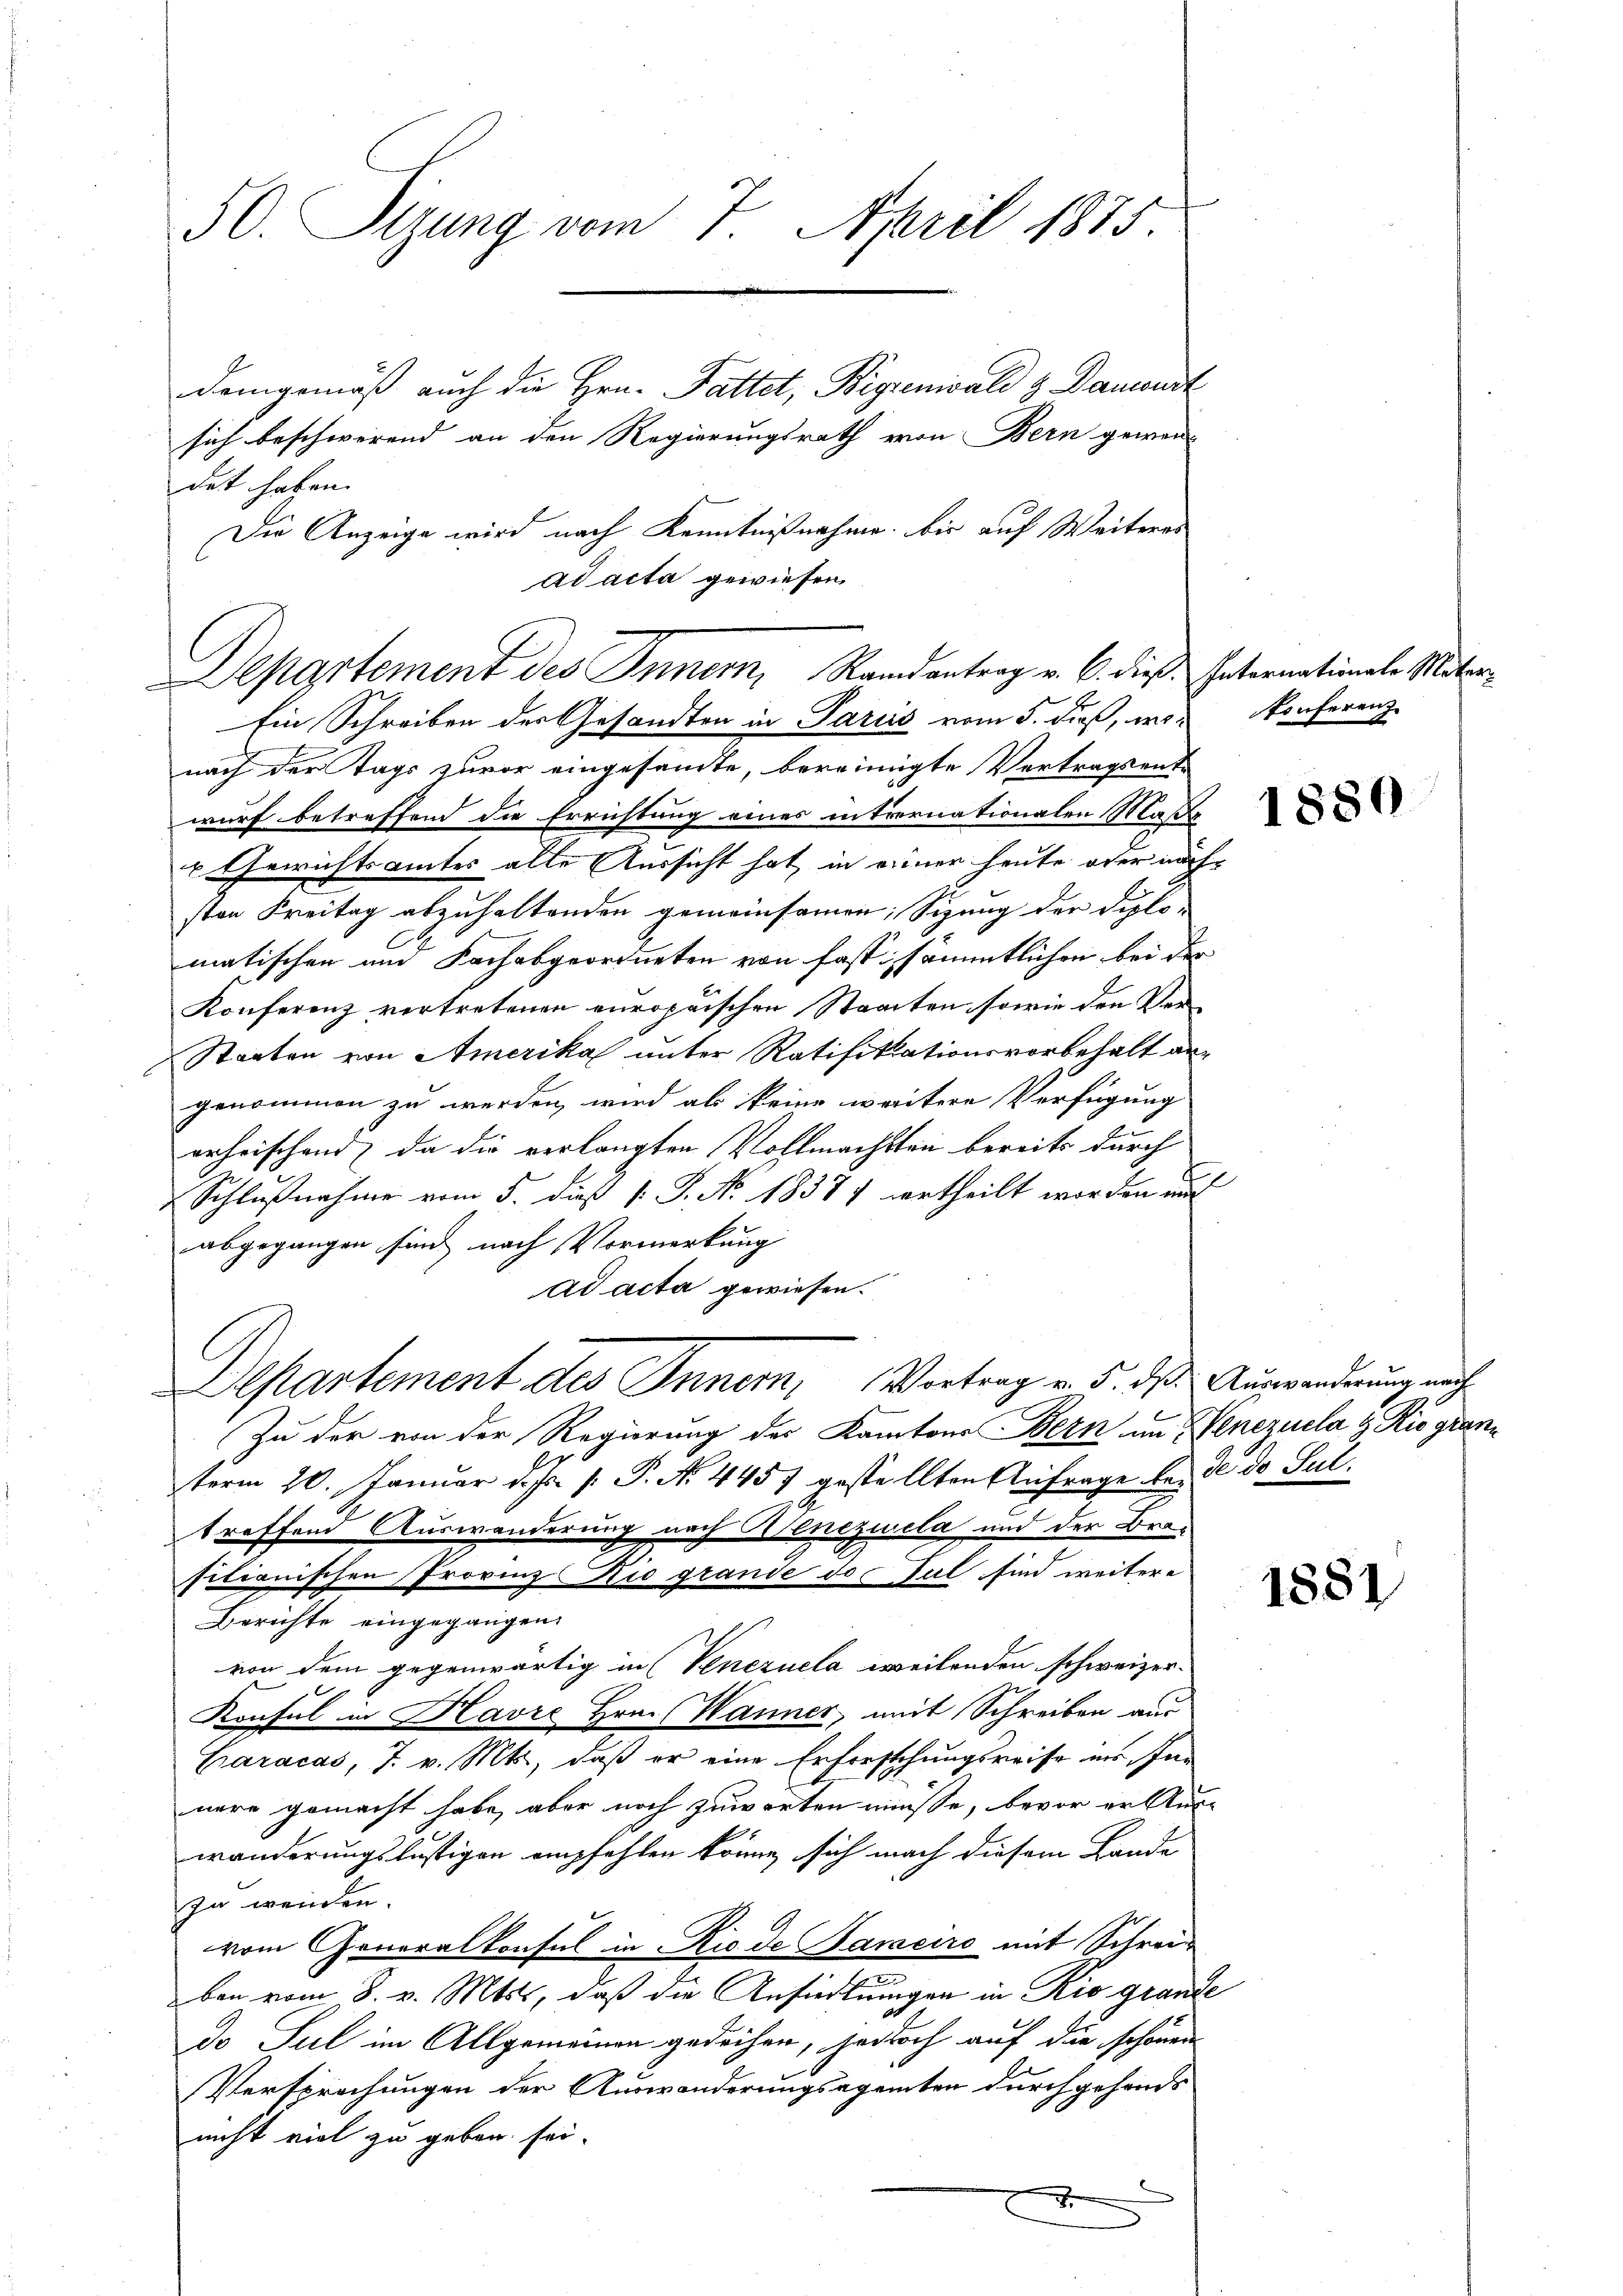
50. Stung vom 7. April 1875.
Demgemäß auch die Hrn. Fattet, Begrenwald & Danwurt
sich beschwerend an den Regierungsrath von Bern gewendet haben.

Die Anzeige wird nach Kenntnißnahme bis auf Weiteres
ad acta gewiesen.

Departement des Innern, Randantrag v. 6. dieß. Internationale Miter¬
Ein Schreiben der Gesandten in Pariis vom 5. dieß, wie Konferenz

nach der Tags zuvor eingesandte, bereinigte Vertragsent-
wurf betreffend die Errichtung eines intrernationalen Maßa
u Gewichtsamtes alle Aussicht hat, in einer heute oder nach-
sten Freitag abzuhaltenden gemeinsamen; Sizung der Diplo¬
C
matischen und Fachabgeordneten von fast sämmtlichen bei der
Konferenz vertretenen europaischen Staaten, sowie den Ver-
Staaten von Amerika unter Ratifikationsvorbehalt angenommen zu werden, wird als keine weitere Verfügung
erheischend da die verlangten Vollmachsten bereits durch
Schlußnahme vom 5. dieß v. J. No. 18377 ertheilt worden und
abgegangen sind nach Vormerkung
ad acta gewiesen.
Departement des Inner, Vortrag v. 5. dß. Auswanderung auch
Zu der von der Regierung des Kantons Bern im Venezuela & Rio grann
term 20. Januar d. Js. v. P. No. 4457 gestellten Anfrage bei de de Sultreffend Auswanderung nach Veneziuela und der Bra-
sitionischen Provinz Kio grande do. Jul sind weitere
Berichte eingegangen.
von dem gegenwärtig in Venezuela weilenden schweizer¬
 B
Konsul in Havre Hrn. Wanner, mit Schreiben aus
Caracas, 7. v. Mts., daß er eine Erforstehungsreise im Inn
nere gemacht habe, aber noch zuwarten müsse, bevor er Aus-
wänderungslustigen empfehlen könne sich nach diesem Bande
zu wenden.
vom Generalkonsul in Rio de Saneiro mit Schreiben vom 8. v. Mts., daß die Ansiedlungen in Rio grande
Do Sul im Allgemeinen gedeihen, jedoch auf die schöner
Versprechungen der Auswanderungsagenten durchgehends
nicht viel zu geben sei.
6
E

1880

1881